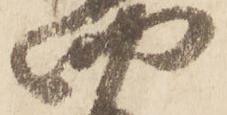
四